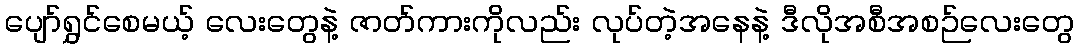
ပျော်ရွှင်စေမယ့် လေးတွေနဲ့ ဇာတ်ကားကိုလည်း လုပ်တဲ့အနေနဲ့ ဒီလိုအစီအစဉ်လေးတွေ